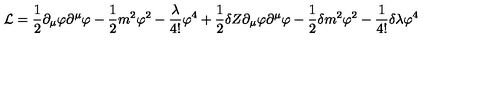
{ \cal L } = \frac { 1 } { 2 } \partial _ { \mu } \varphi \partial ^ { \mu } \varphi - \frac { 1 } { 2 } m ^ { 2 } \varphi ^ { 2 } - \frac { \lambda } { 4 ! } \varphi ^ { 4 } + \frac { 1 } { 2 } \delta Z \partial _ { \mu } \varphi \partial ^ { \mu } \varphi - \frac { 1 } { 2 } \delta m ^ { 2 } \varphi ^ { 2 } - \frac { 1 } { 4 ! } \delta \lambda \varphi ^ { 4 } \,